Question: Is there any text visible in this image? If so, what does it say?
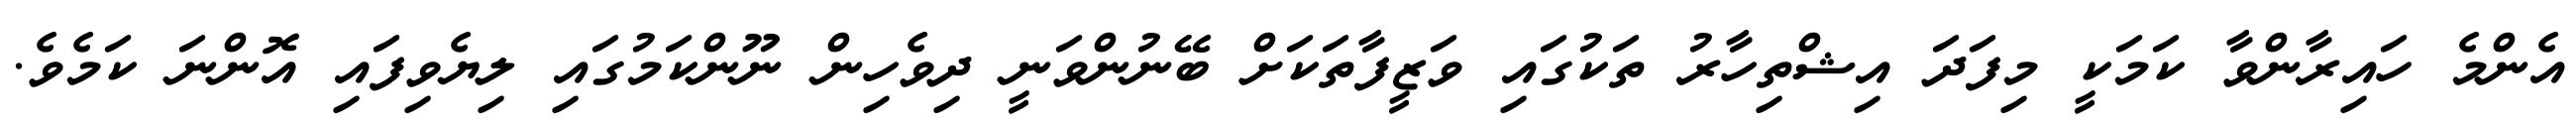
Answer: އެންމެ ހައިރާންވާ ކަމަކީ މިފަދަ އިޝްތިހާރު ތަކުގައި ވަޒީފާތަކަށް ބޭނުންވަނީ ދިވެހިން ނޫންކަމުގައި ލިޔެވިފައި އޮންނަ ކަމެވެ.